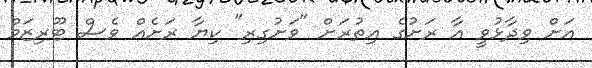
އަށް ވިދާޅުވީ އާ ރަށުގެ އިތުރަށް "ވަށުގިރި" ކިޔާ ރަށެއް ވެސް ޓޫރިޒަމް